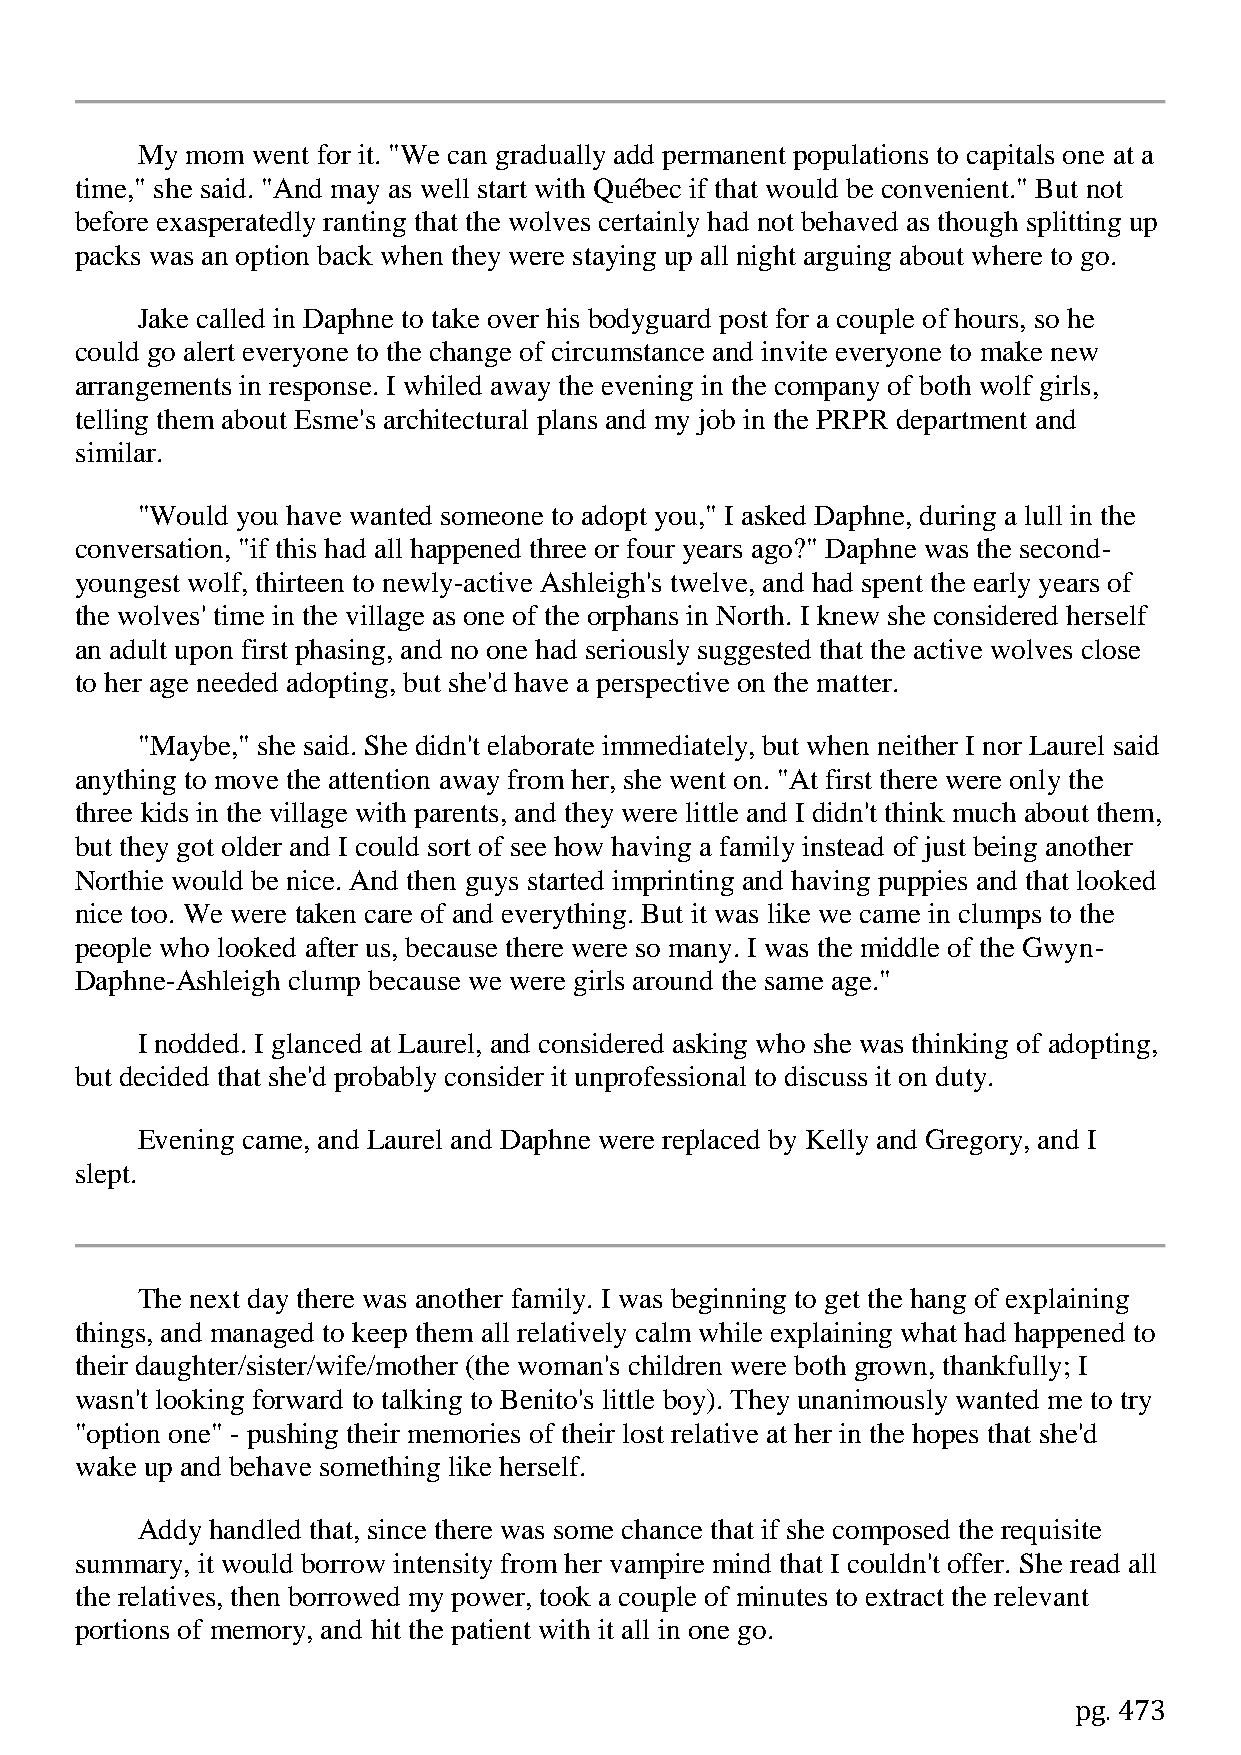
My mom  went for it. "We can gradually add permanent populations to capitals one at a
 time," she said. "And may as well start with Québec if that would be convenient." But not
 before exasperatedly ranting that the wolves certainly had not behaved as though splitting up
 packs was an option back when they were staying up all night arguing about where to go.
 Jake called in Daphne to take over his bodyguard post for a couple of hours, so he
 could go alert everyone to the change of circumstance and invite everyone to make new
 arrangements in response. I whiled away the evening in the company of both wolf girls,
 telling them about Esme's architectural plans and my job in the PRPR department and
 similar.
 "Would you have wanted someone to adopt you," I asked Daphne, during a lull in the
 conversation, "if this had all happened three or four years ago?" Daphne was the second-
 youngest wolf, thirteen to newly-active Ashleigh's twelve, and had spent the early years of
 the wolves' time in the village as one of the orphans in North. I knew she considered herself
 an adult upon first phasing, and no one had seriously suggested that the active wolves close
 to her age needed adopting, but she'd have a perspective on the matter.
 "Maybe," she said. She didn't elaborate immediately, but when neither I nor Laurel said
 anything to move the attention away from her, she went on. "At first there were only the
 three kids in the village with parents, and they were little and I didn't think much about them,
 but they got older and I could sort of see how having a family instead of just being another
 Northie would be nice. And then guys started imprinting and having puppies and that looked
 nice too. We were taken care of and everything. But it was like we came in clumps to the
 people who looked after us, because there were so many. I was the middle of the Gwyn-
 Daphne-Ashleigh clump because we were girls around the same age."
 I nodded. I glanced at Laurel, and considered asking who she was thinking of adopting,
 but decided that she'd probably consider it unprofessional to discuss it on duty.
 Evening came, and Laurel and Daphne were replaced by Kelly and Gregory, and I
 slept.
 The next day there was another family. I was beginning to get the hang of explaining
 things, and managed to keep them all relatively calm while explaining what had happened to
 their daughter/sister/wife/mother (the woman's children were both grown, thankfully; I
 wasn't looking forward to talking to Benito's little boy). They unanimously wanted me to try
 "option one" - pushing their memories of their lost relative at her in the hopes that she'd
 wake up and behave something like herself.
 Addy handled that, since there was some chance that if she composed the requisite
 summary, it would borrow intensity from her vampire mind that I couldn't offer. She read all
 the relatives, then borrowed my power, took a couple of minutes to extract the relevant
 portions of memory, and hit the patient with it all in one go.
 pg. 473